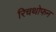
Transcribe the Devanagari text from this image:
रिचथोफन